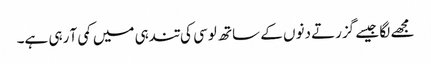
مجھے لگا جیسے گزرتے دنوں کے ساتھ لوسی کی تندہی میں کمی آ رہی ہے۔